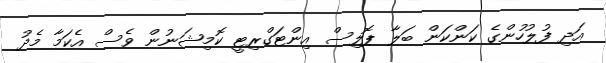
އަދި ފުލުހުންގެ ކަންކަން ބަލާ ޕޮލިސް އިންޓަގްރިޓީ ކޮމިޝަނުން ވެސް އެކަމާ މެދު